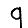
Digit: 9